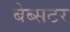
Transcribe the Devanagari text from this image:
बेब्सटर